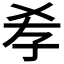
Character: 𡥉